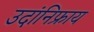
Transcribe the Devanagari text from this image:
उदांनिफ्राय